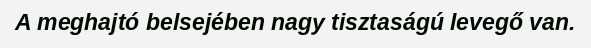
A meghajtó belsejében nagy tisztaságú levegő van.